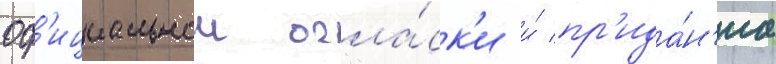
оф'ициальнои огла́ск'и и́ пр'ида́н'иа